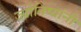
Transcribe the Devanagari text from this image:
ज्योतिष्यांनी